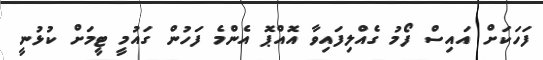
ފަހަކަށް އައިސް ފޯމު ގެއްލިފައިވާ އޮއްޕޮ އެންމެ ފަހުން ގައުމީ ޓީމަށް ކުޅުނީ